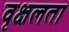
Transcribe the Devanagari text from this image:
वृक्षलता